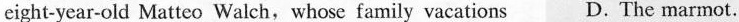
eight-year-old Matteo Walch,whose family vacations D. The marmot.